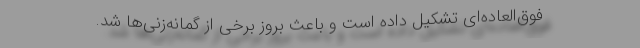
فوق‌العاده‌ای تشکیل داده است و باعث بروز برخی از گمانه‌زنی‌ها شد.